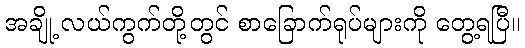
အချို့ လယ်ကွက်တို့တွင် စာခြောက်ရုပ်များကို တွေ့ရပြီ။